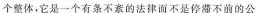
个整体，它是一个有条不紊的法律而不是停滞不前的公